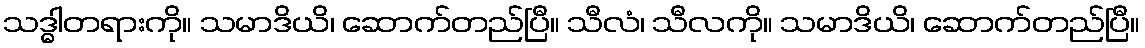
သဒ္ဓါတရားကို။ သမာဒိယိ၊ ဆောက်တည်ပြီ။ သီလံ၊ သီလကို။ သမာဒိယိ၊ ဆောက်တည်ပြီ။